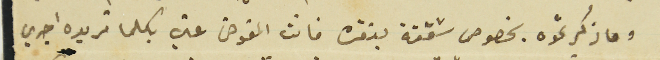
وما ذكرتموه بخصوص شقفة بنقره فانت المفوض عني بكلما تريده اجري